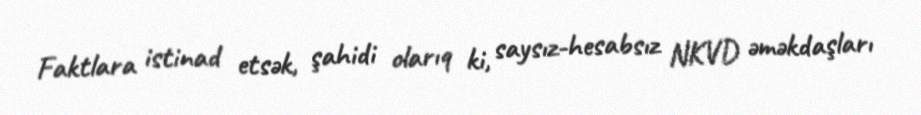
Faktlara istinad etsək, şahidi olarıq ki, saysız-hesabsız NKVD əməkdaşları